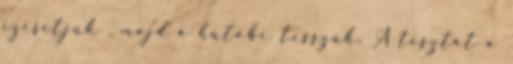
ízesítjük , majd a hűtőbe tesszük. A tésztát a